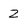
Character: 2